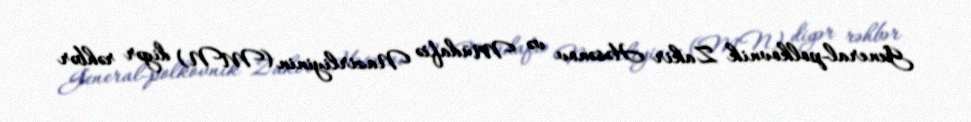
General-polkovnik Zakir Həsənov və Müdafiə Nazirliyinin (MN) digər rəhbər